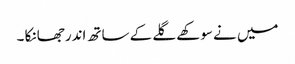
میں نے سوکھے گلے کے ساتھ اندر جھانکا ۔